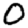
Digit: 0